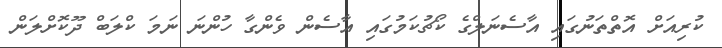
ކުރިއަށް އޮތްތަނުގައި އާސެނަލްގެ ކޯޗުކަމުގައި އާސެން ވެންގާ ހުންނަ ނަމަ ކްލަބް ދޫކޮށްލަން